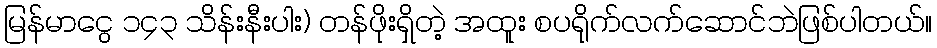
မြန်မာငွေ ၁၄၃ သိန်းနီးပါး) တန်ဖိုးရှိတဲ့ အထူး စပရိုက်လက်ဆောင်ဘဲဖြစ်ပါတယ်။